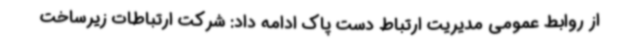
از روابط عمومی مدیریت ارتباط دست پاک ادامه داد: شرکت ارتباطات زیرساخت